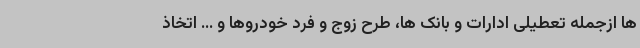
ها ازجمله تعطیلی ادارات و بانک ها، طرح زوج و فرد خودروها و ... اتخاذ